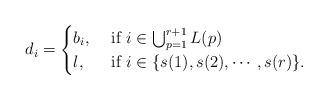
LaTeX: \begin{align*}d_i = \begin{cases} b_i, &\mbox{ if } i \in \bigcup_{p=1}^{r+1}L(p) \\ l, & \mbox{ if } i \in \{s(1), s(2), \cdots, s(r)\}.\end{cases}\end{align*}